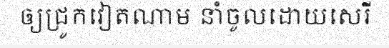
ឲ្យជ្រូកវៀតណាម នាំចូលដោយសេរី